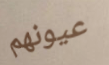
عيونهم